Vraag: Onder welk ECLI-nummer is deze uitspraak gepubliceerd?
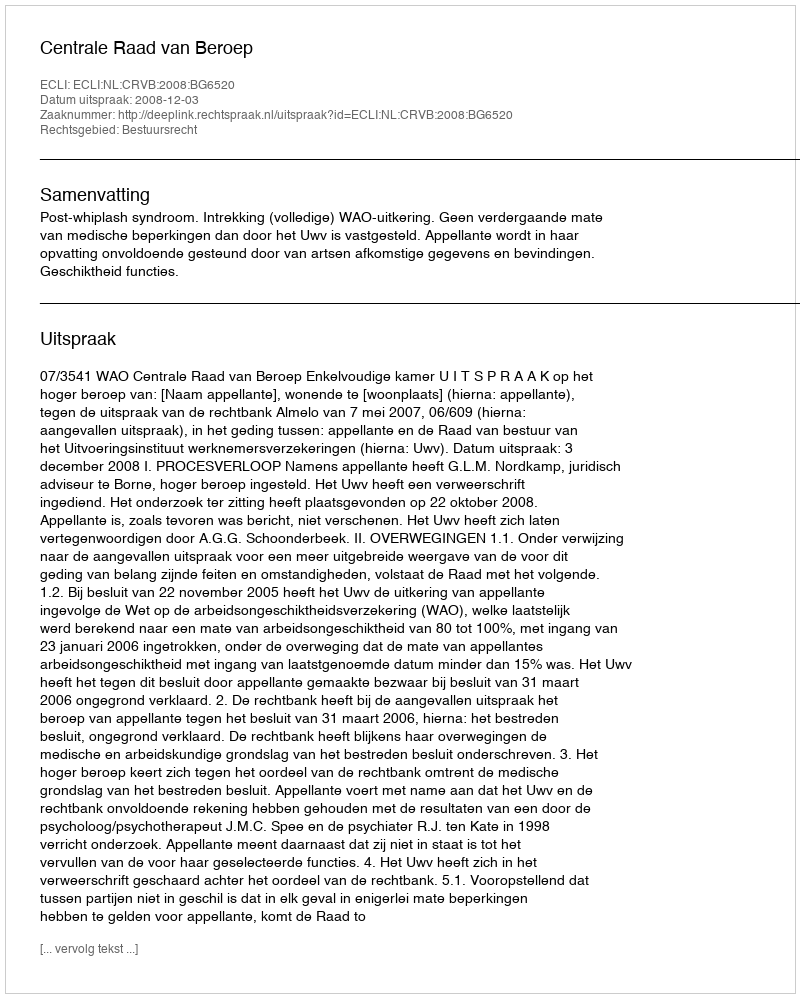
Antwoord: ECLI:NL:CRVB:2008:BG6520